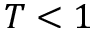
T < 1